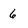
Character: 6